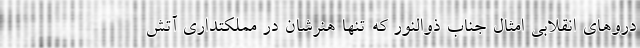
درو‌های انقلابی امثال جناب ذوالنور که تنها هنرشان در مملکتداری آتش